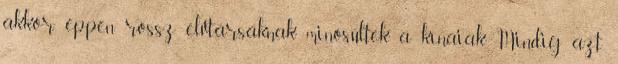
akkor éppen rossz elvtársaknak minősültek a kínaiak. Mindig azt